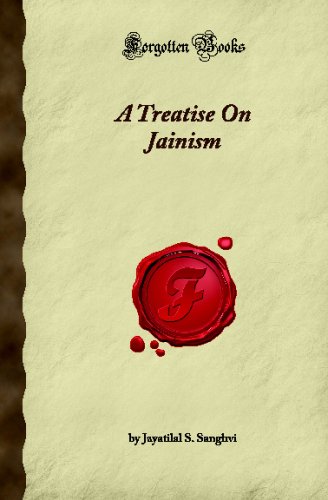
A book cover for A Treatise On Jainism (Forgotten Books); Jayatilal S. Sanghvi; Religion & Spirituality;